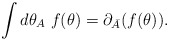
\begin{align*}\int d\theta_A\; f(\theta)= \partial_{\bar A}(f(\theta)).\end{align*}